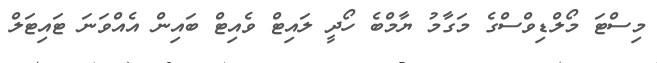
މިސްޓަ މޯލްޑިވްސްގެ މަގާމު ޔާމްބެ ހޯދީ ލައިޓް ވެއިޓް ބައިން އެއްވަނަ ޓައިޓަލް